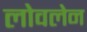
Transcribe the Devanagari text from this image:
लोवलेन